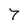
Character: 7